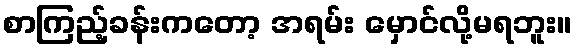
စာကြည့်ခန်းကတော့ အရမ်း မှောင်လို့မရဘူး။